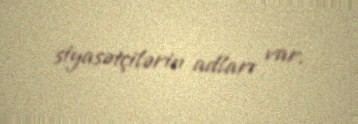
siyasətçilərin adları var.